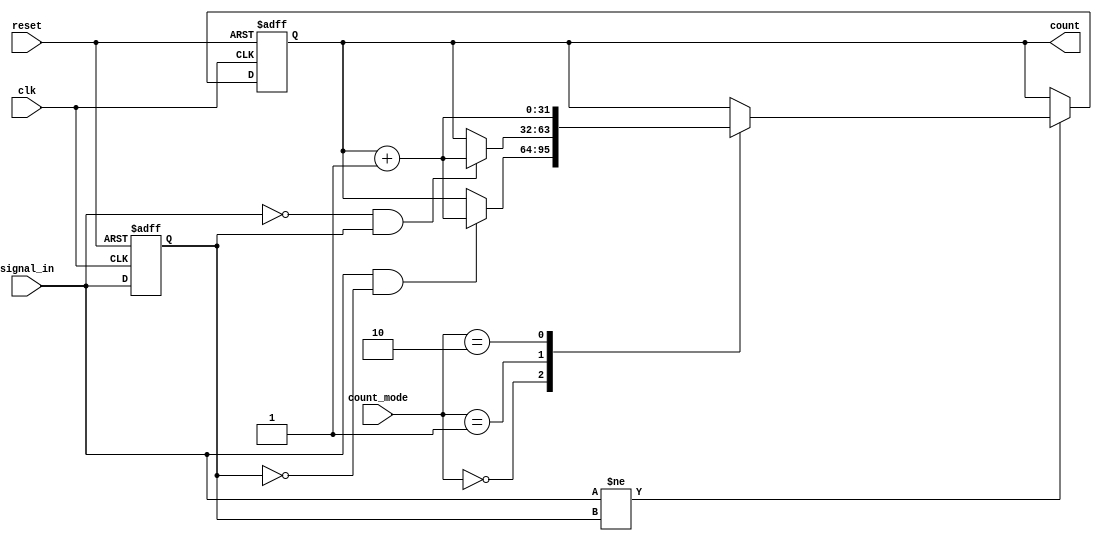
module edge_counter (
    input wire clk,                // Clock signal
    input wire reset,              // Asynchronous reset signal
    input wire signal_in,          // Input signal to monitor for edges
    input wire [1:0] count_mode,   // Control signal for counting mode
    output reg [31:0] count        // Count output (32-bit wide)
);

    // State variable to hold the previous state of signal_in
    reg signal_in_prev;

    // Edge detection logic
    always @(posedge clk or posedge reset) begin
        if (reset) begin
            count <= 32'b0;          // Reset count to zero
            signal_in_prev <= 1'b0;  // Reset previous state
        end else begin
            // Edge detection
            if (signal_in != signal_in_prev) begin
                // Check count mode
                case (count_mode)
                    2'b00: begin
                        // Count rising edges
                        if (signal_in && !signal_in_prev) begin
                            count <= count + 1;
                        end
                    end
                    2'b01: begin
                        // Count falling edges
                        if (!signal_in && signal_in_prev) begin
                            count <= count + 1;
                        end
                    end
                    2'b10: begin
                        // Count both rising and falling edges
                        count <= count + 1;
                    end
                    default: begin
                        // Do nothing for invalid modes
                    end
                endcase
            end
            
            // Update previous state
            signal_in_prev <= signal_in;
        end
    end

endmodule